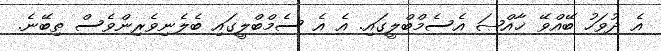
އެ ދުވަހު ބޭއްވޭ ޚާއްޞަ އެސެމްބްލީގައި. އެ އެ ސެމްބްލީގައި ބެލެނިވެރިންވެސް ތިބޭނެ.